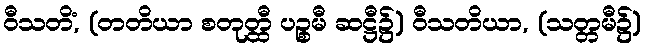
ဝီသတိံ, (တတိယာ စတုတ္ထီ ပဉ္စမီ ဆဋ္ဌီ၌) ဝီသတိယာ, (သတ္တမီ၌)